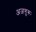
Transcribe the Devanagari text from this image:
अजगुरूः